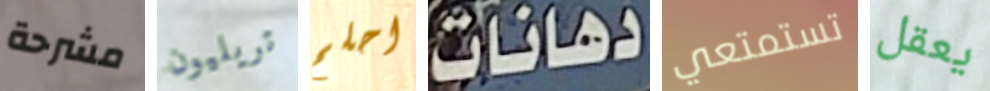
مشرحة تريليون احلم دهانات تستمتعي يعقل